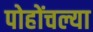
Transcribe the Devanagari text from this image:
पोहोंचल्या